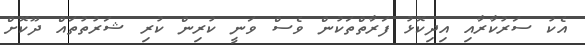
އެކު ސަރުކާރާއި އިދިކޮޅު ފަރާތްތަކުން ވެސް ވަނީ ކުރިން ކުރި ޝަރުތުތައް ދޫކޮށް